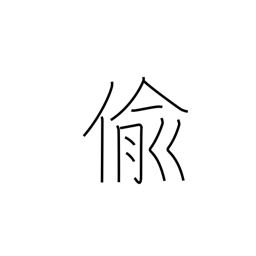
Meaning: steal